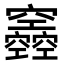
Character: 𥩌